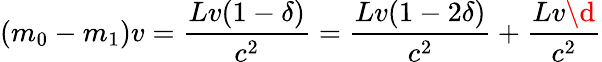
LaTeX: (m_{0}-m_{1})v=\frac{Lv(1-\delta)}{c^{2}}=\frac{Lv(1-2\delta)}{c^{2}}+\frac{Lv\d}{c^{2}}